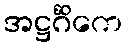
အဋ္ဌင်္ဂိကေ